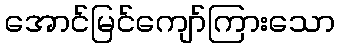
အောင်မြင်ကျော်ကြားသော